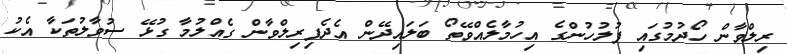
ރިލްވާން ހޯދުމުގައި ފުލުހުންގެ އިހުމާލެއްވޭތޯ ބަލައިދޭން އެދެފިރިލްވާން ގެއްލުމާ ގުޅޭ ސުވާލުތަކާ އެކު